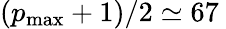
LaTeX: (p_{\mathrm{max}}+1)/2\simeq 67\